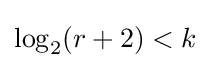
\log _{2}(r+2)<k